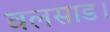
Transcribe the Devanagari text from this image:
वलसाड।